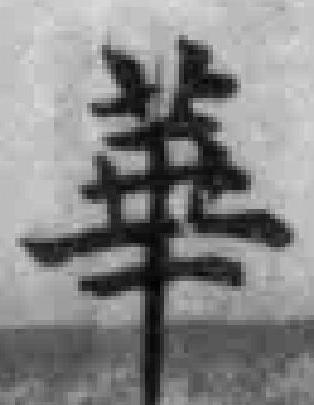
華